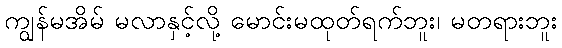
ကျွန်မအိမ် မလာနှင့်လို့ မောင်းမထုတ်ရက်ဘူး၊ မတရားဘူး